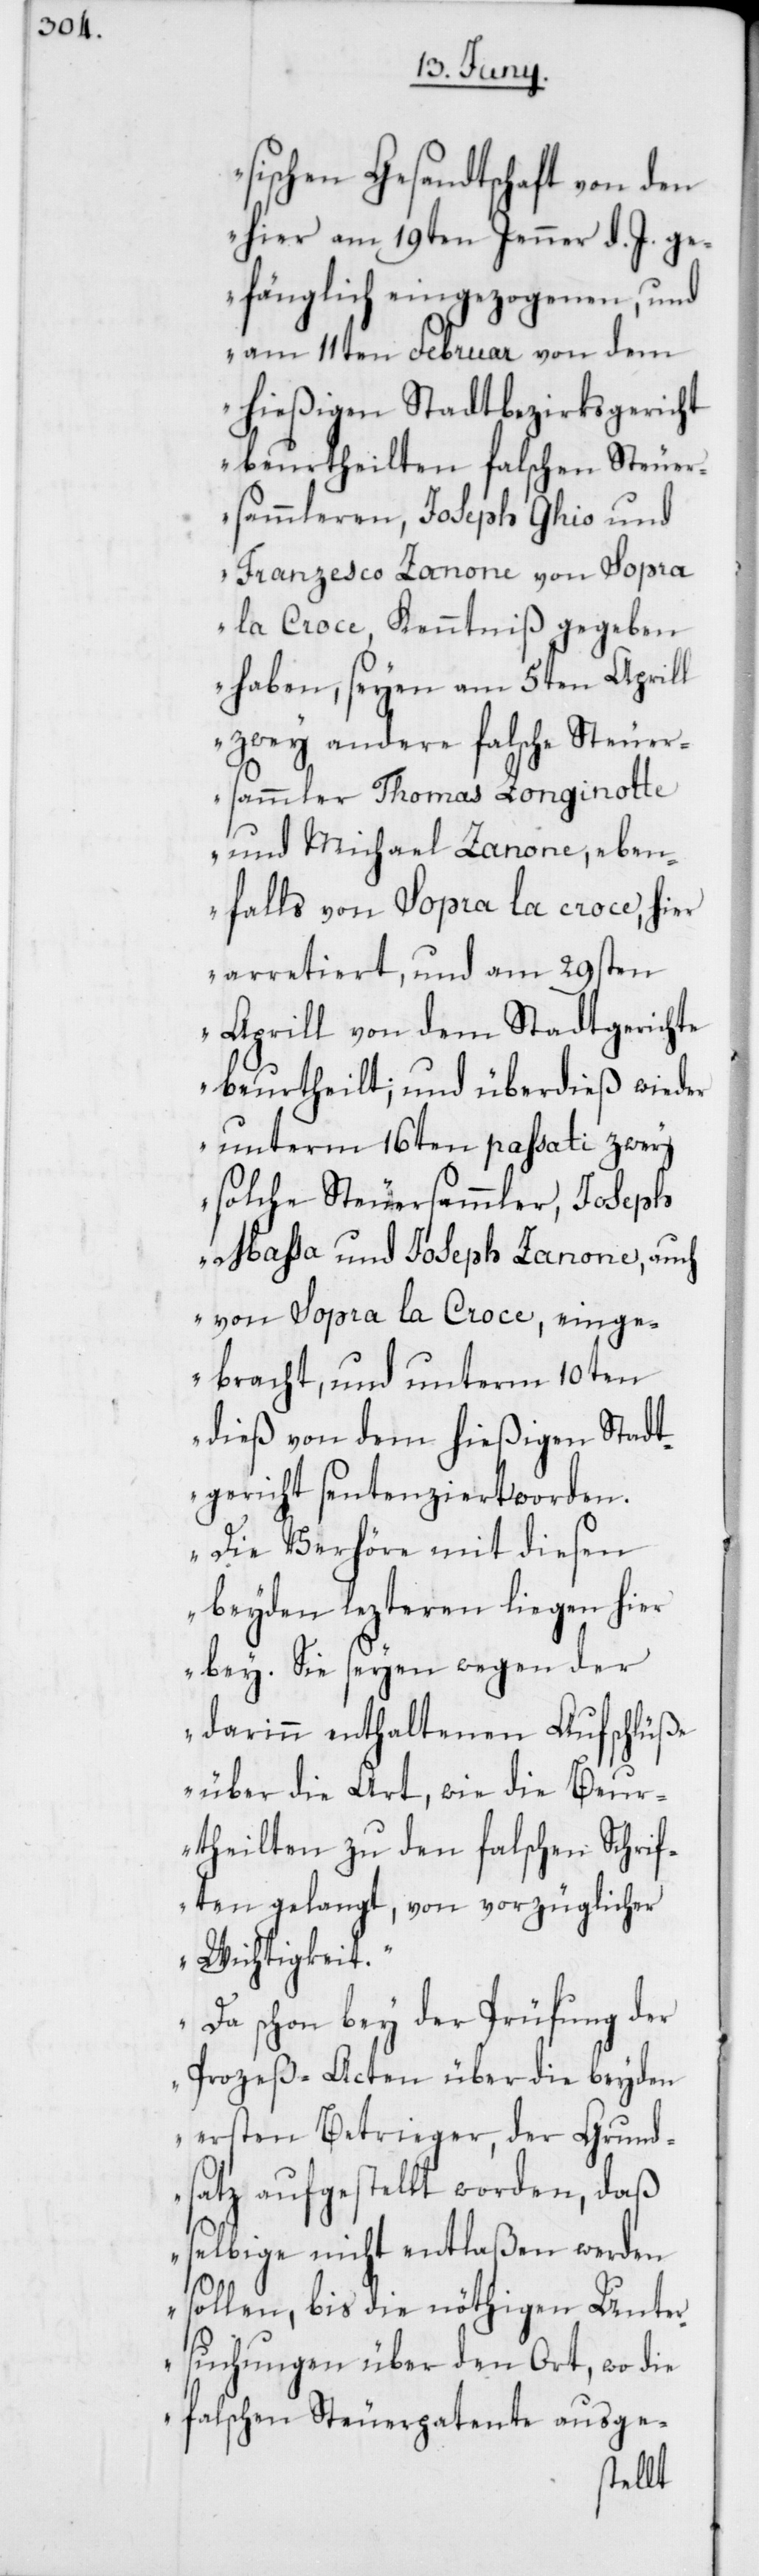
sischen Gesandtschaft von den
hier am 19ten Jenner d. J. ge¬
fänglich eingezogenen, und
am 11ten Februar von dem
hießigen Stadtbezirksgericht
beurteilten falschen Steuer¬
sammleren, Joseph Ghio und
Franzesco Zanone von Sopra
la Croce, Kenntniß gegeben
haben, seyen am 5ten Aprill
zwey andere falsche Steuer¬
sammler Thomas Longinotte
und Michael Zanone, eben¬
falls von Sopra la Croce, hier
arretiert und am 29sten
Aprill von dem Stadtgerichte
beurtheilt; und überdieß wieder
unterm 16ten passati zwey
solche Steuersammler, Joseph
Maßa und Joseph Zanone, auch
von Sopra la Croce, einge¬
bracht, und unterm 10ten
dieß von dem hießigen Stadt¬
gericht sentenziert worden.
Die Verhöre mit diesen
beyden lezteren ligen hier
bey. Sie seyen wegen der
darinn enthaltenen Aufschlüße
über die Art, wie die Beu¬
rtheilten zu den falschen Schrif¬
ten gelangt, von vorzüglicher
Wichtigkeit.
Da schon bey der Prüfung der
Prozeß-Acten über die beyden
ersten Betrieger, der Grund¬
satz aufgestellt worden, daß
selbige nicht entlaßen werden
sollen, bis die nöthigen Unter¬
suchungen über den Ort, wo die
falschen Steuerpatente ausge-